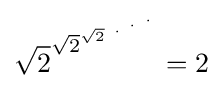
{\sqrt {2}}^{{\sqrt {2}}^{{\sqrt {2}}^{~\cdot ^{~\cdot ^{~\cdot }}}}}=2